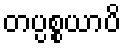
တပ္ပစ္စယာပိ